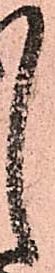
し